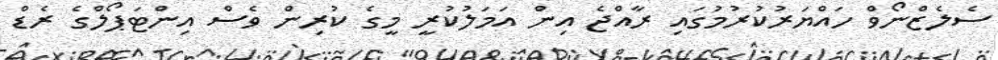
ސެލެޒްނޯވް ހައްޔަރުކުރުމުގައި ރާއްޖެ އިން އަމަލުކުރީ މީގެ ކުރިން ވެސް އިންޓަޕޯލްގެ ރެޑް